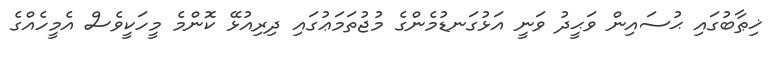
ޚިޠާބުގައި ޙުސައިން ވަޙީދު ވަނީ އަޅުގަނޑުމެންގެ މުޖުތަމަޢުގައި ދިރިއުޅޭ ކޮންމެ މީހަކީވެސް އެމީހެއްގެ